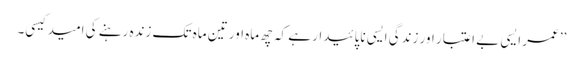
’’عمر ایسی بے اعتبار اور زندگی ایسی ناپائیدار ہے کہ چھ ماہ اور تین ماہ تک زندہ رہنے کی امید کیسی۔